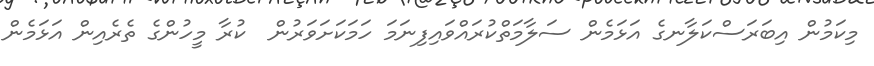
މިކަމުން އިބަރަސްކަލާނގެ އަޅަމެން ސަލާމަތްކުރައްވައިފިނަމަ ހަމަކަށަވަރުން  ކުރާ މީހުންގެ ތެރެއިން އަޅަމެން